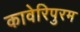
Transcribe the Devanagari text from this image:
कावेरिपुरम